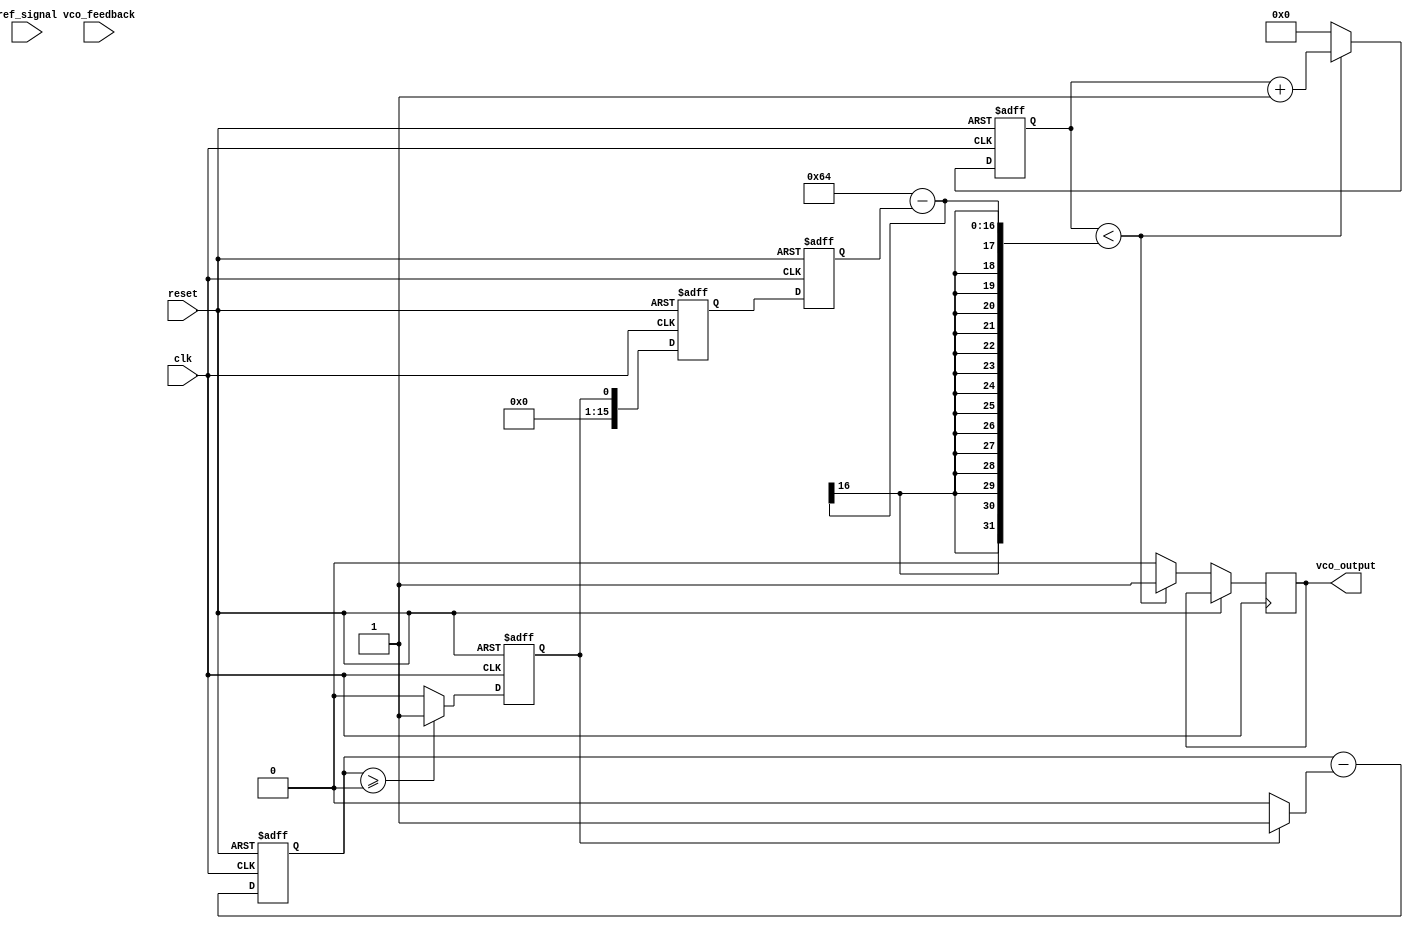
module sigma_delta_PLL (
    input wire clk,             // System clock
    input wire reset,           // Reset signal
    input wire ref_signal,      // Reference input signal
    input wire vco_feedback,    // VCO output feedback
    output reg vco_output       // Output of the VCO
);

// Parameters for control
parameter DIV_RATIO = 4;       // Feedback division ratio
parameter VCO_MAX_FREQ = 100;  // Maximum frequency of VCO

// Internal signals
reg [15:0] phase_error;         // Phase error signal from PD
reg [15:0] filtered_output;     // Filtered output from Loop Filter
reg [15:0] sigma_delta_output;  // Output from Sigma-Delta Modulator
reg [15:0] vco_control;         // Control voltage for the VCO
reg [15:0] vco_counter;         // Counter for VCO output

// Phase Detector
always @(posedge clk or posedge reset) begin
    if (reset) begin
        phase_error <= 0;
    end else begin
        phase_error <= ref_signal - vco_feedback; // Simple phase error calculation
    end
end

// Loop Filter (Simple First-Order Low-Pass Filter)
always @(posedge clk or posedge reset) begin
    if (reset) begin
        filtered_output <= 0;
    end else begin
        // Simple low-pass filter (1 - alpha) * old_value + alpha * new_value
        filtered_output <= (filtered_output * 3 / 4) + (phase_error / 4);
    end
end

// Sigma-Delta Modulator (1st Order)
reg [15:0] integrator;
reg comparator_out;

always @(posedge clk or posedge reset) begin
    if (reset) begin
        integrator <= 0;
        comparator_out <= 0;
    end else begin
        integrator <= integrator + filtered_output; // Integrate the filtered output
        comparator_out <= (integrator >= 0) ? 1'b1 : 1'b0; // Simple comparator
        integrator <= integrator - (comparator_out ? 1 : 0); // Update integrator
    end
end

// Voltage-Controlled Oscillator (VCO)
always @(posedge clk or posedge reset) begin
    if (reset) begin
        vco_control <= 0;
        vco_counter <= 0;
    end else begin
        vco_control <= sigma_delta_output; // Controlled by Sigma-Delta modulator output
        
        // Simple counter logic for generating VCO output
        if (vco_counter < (VCO_MAX_FREQ - vco_control)) begin
            vco_counter <= vco_counter + 1;
            vco_output <= 1;
        end else begin
            vco_output <= 0;
            vco_counter <= 0;
        end
    end
end

// Sigma-delta output assignment
always @(posedge clk or posedge reset) begin
    if (reset) begin
        sigma_delta_output <= 0;
    end else begin
        sigma_delta_output <= comparator_out; // Output of the modulator
    end
end

endmodule